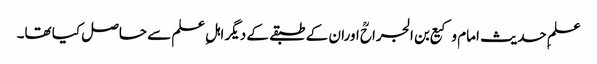
علمِ حدیث امام وکیع بن الجراحؒ اوران کے طبقے کے دیگر اہلِ علم سے حاصل کیا تھا۔